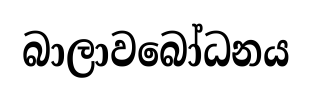
බාලාවබෝධනය